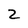
Character: Z